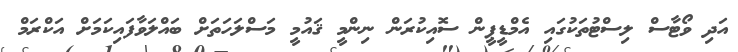
އަދި ވޯޓާސް ލިސްޓުތަކުގައި އެމްޑީޕީން ސޮއިކުރަން ނިންމީ ޤައުމީ މަސްލަހަތަށް ބައްލަވާފައިކަމަށް އަކްރަމް